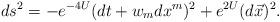
LaTeX: \begin{align*}ds^2 =-e^{-4 U}(dt+w_mdx^m)^2 +e^{2 U} (d\vec{x})^2.\end{align*}